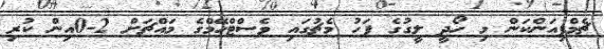
ޗެމްޕިއަންކަން މި ހޯދީ ލީގުގެ ފަހު މެޗުގައި ވެސްޓްހޭމްގެ މައްޗަށް 2-0އިން ކުރި